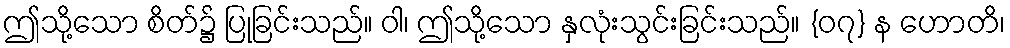
ဤသို့သော စိတ်၌ ပြုခြင်းသည်။ ဝါ၊ ဤသို့သော နှလုံးသွင်းခြင်းသည်။ {၀၇} န ဟောတိ၊